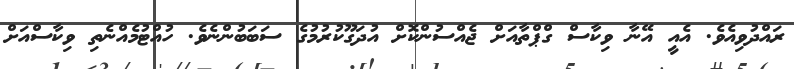
ރައްދުވިއެވެ. އެއީ އޭނާ ވިކާސް ގްޕްތާއަށް ޖެއްސުންކޮށް އުދަގޫކުރުމުގެ ސަބަބުންނެވެ. ހުއްޓުމެއްނެތި ވިކާސްއަށް